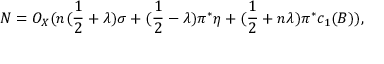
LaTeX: { \cal N } = { \cal O } _ { X } ( n ( \frac { 1 } { 2 } + \lambda ) \sigma + ( \frac { 1 } { 2 } - \lambda ) \pi ^ { * } \eta + ( \frac { 1 } { 2 } + n \lambda ) \pi ^ { * } c _ { 1 } ( B ) ) ,